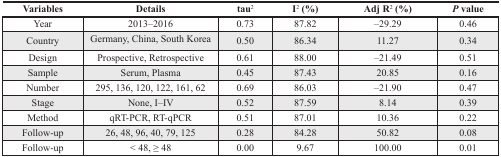
<table><thead><tr><td><b>Variables</b></td><td><b>Details</b></td><td><b>tau<sup>2</sup></b></td><td><b>I<sup>2</sup> (%)</b></td><td><b>Adj R<sup>2</sup> (%)</b></td><td><b><i>P</i> value</b></td></tr></thead><tbody><tr><td>Year</td><td>2013–2016</td><td>0.73</td><td>87.82</td><td>–29.29</td><td>0.46</td></tr><tr><td>Country</td><td>Germany, China, South Korea</td><td>0.50</td><td>86.34</td><td>11.27</td><td>0.34</td></tr><tr><td>Design</td><td>Prospective, Retrospective</td><td>0.61</td><td>88.00</td><td>–21.49</td><td>0.51</td></tr><tr><td>Sample</td><td>Serum, Plasma</td><td>0.45</td><td>87.43</td><td>20.85</td><td>0.16</td></tr><tr><td>Number</td><td>295, 136, 120, 122, 161, 62</td><td>0.69</td><td>86.03</td><td>–21.90</td><td>0.47</td></tr><tr><td>Stage</td><td>None, I–IV</td><td>0.52</td><td>87.59</td><td>8.14</td><td>0.39</td></tr><tr><td>Method</td><td>qRT-PCR, RT-qPCR</td><td>0.51</td><td>87.01</td><td>10.36</td><td>0.22</td></tr><tr><td>Follow-up</td><td>26, 48, 96, 40, 79, 125</td><td>0.28</td><td>84.28</td><td>50.82</td><td>0.08</td></tr><tr><td>Follow-up</td><td>&lt; 48, ≥ 48</td><td>0.00</td><td>9.67</td><td>100.00</td><td>0.01</td></tr></tbody></table>